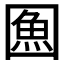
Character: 𭍯